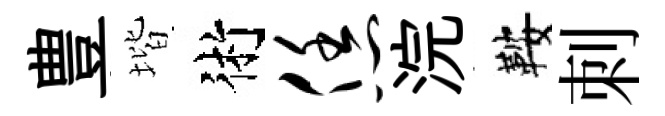
豊堦術恁浣鞍刺